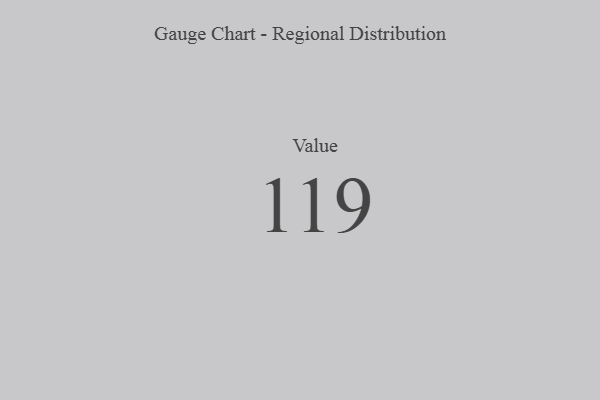
{"axis": {"x": "Metric", "y": "Value"}, "legend": [""], "data": [{"x": "Value", "y": 119, "type": ""}]}